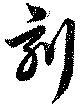
刻